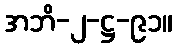
အဘိ-၂-ဋ္ဌ-၉၁။